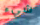
شيء